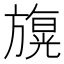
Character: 𣄙